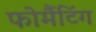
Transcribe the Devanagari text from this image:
फोर्मैटिंग